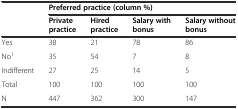
<table><thead><tr><td></td><td colspan="4"><b>Preferred practice (column %)</b></td></tr><tr><td></td><td><b>Private practice</b></td><td><b>Hired practice</b></td><td><b>Salary with bonus</b></td><td><b>Salary without bonus</b></td></tr></thead><tbody><tr><td>Yes</td><td>38</td><td>21</td><td>78</td><td>86</td></tr><tr><td>No<sup>1</sup></td><td>35</td><td>54</td><td>7</td><td>8</td></tr><tr><td>Indifferent</td><td>27</td><td>25</td><td>14</td><td>5</td></tr><tr><td>Total</td><td>100</td><td>100</td><td>100</td><td>100</td></tr><tr><td>N</td><td>447</td><td>362</td><td>300</td><td>147</td></tr></tbody></table>